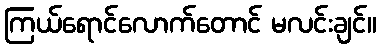
ကြယ်ရောင်လောက်တောင် မလင်းချင်။